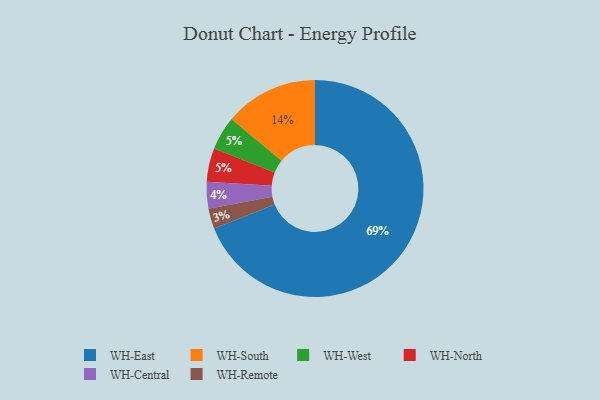
{"axis": {"x": "Category", "y": "Percentage"}, "legend": ["WH-Central", "WH-East", "WH-North", "WH-Remote", "WH-South", "WH-West"], "data": [{"x": "WH-Remote", "y": 3, "type": "WH-Remote"}, {"x": "WH-East", "y": 69, "type": "WH-East"}, {"x": "WH-Central", "y": 4, "type": "WH-Central"}, {"x": "WH-South", "y": 14, "type": "WH-South"}, {"x": "WH-West", "y": 5, "type": "WH-West"}, {"x": "WH-North", "y": 5, "type": "WH-North"}]}